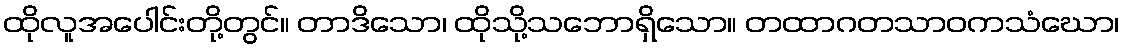
ထိုလူအပေါင်းတို့တွင်။ တာဒိသော၊ ထိုသို့သဘောရှိသော။ တထာဂတသာဝကသံဃော၊